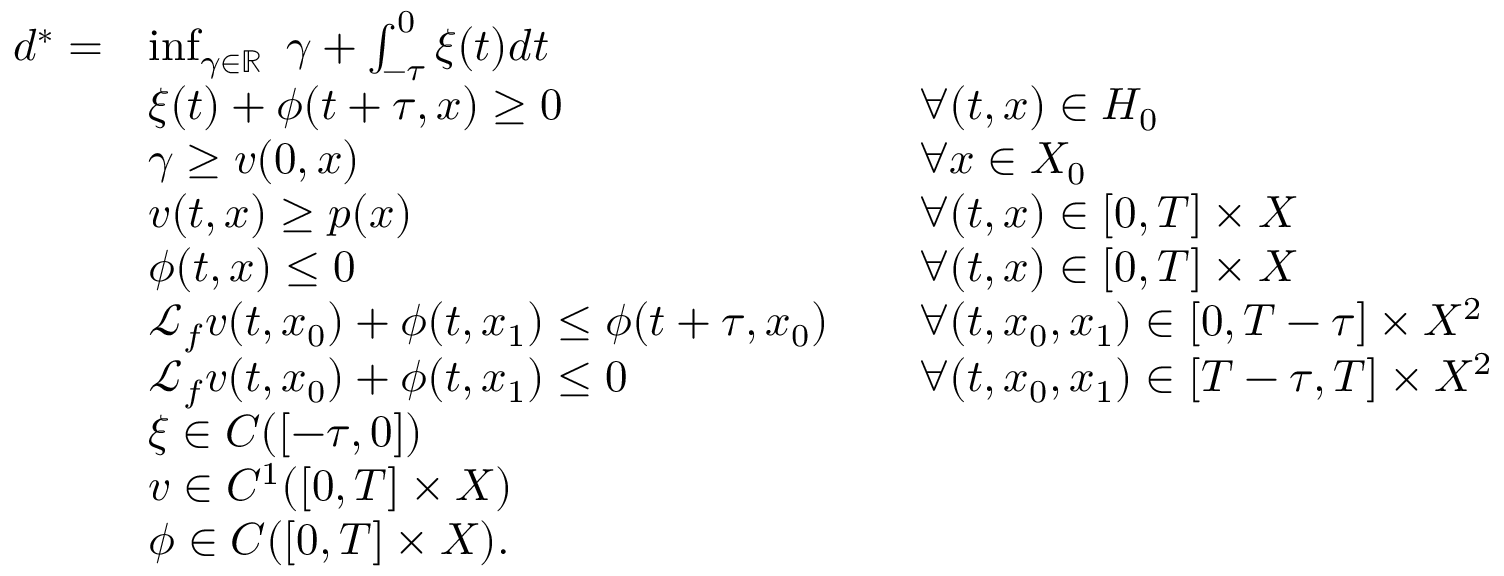
\begin{array} { r l r l } { d ^ { * } = } & { \operatorname* { i n f } _ { \gamma \in \mathbb { R } } \ \gamma + \int _ { - \tau } ^ { 0 } \xi ( t ) d t } \\ & { \xi ( t ) + \phi ( t + \tau , x ) \geq 0 } & & { \forall ( t , x ) \in H _ { 0 } } \\ & { \gamma \geq v ( 0 , x ) } & & { \forall x \in X _ { 0 } } \\ & { v ( t , x ) \geq p ( x ) } & & { \forall ( t , x ) \in [ 0 , T ] \times X } \\ & { \phi ( t , x ) \leq 0 } & & { \forall ( t , x ) \in [ 0 , T ] \times X } \\ & { \mathcal { L } _ { f } v ( t , x _ { 0 } ) + \phi ( t , x _ { 1 } ) \leq \phi ( t + \tau , x _ { 0 } ) } & & { \forall ( t , x _ { 0 } , x _ { 1 } ) \in [ 0 , T - \tau ] \times X ^ { 2 } } \\ & { \mathcal { L } _ { f } v ( t , x _ { 0 } ) + \phi ( t , x _ { 1 } ) \leq 0 } & & { \forall ( t , x _ { 0 } , x _ { 1 } ) \in [ T - \tau , T ] \times X ^ { 2 } } \\ & { \xi \in C ( [ - \tau , 0 ] ) } \\ & { v \in C ^ { 1 } ( [ 0 , T ] \times X ) } \\ & { \phi \in C ( [ 0 , T ] \times X ) . } \end{array}